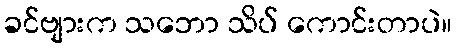
ခင်ဗျားက သဘော သိပ် ကောင်းတာပဲ။